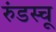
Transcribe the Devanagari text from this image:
रुंडस्चू